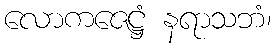
လောကဇေဋ္ဌံ နရာသဘံ၊